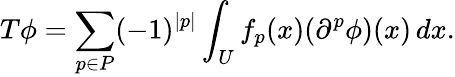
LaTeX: T\phi=\sum_{p\in P}(-1)^{|p|}\int_{U}f_{p}(x)(\partial^{p}\phi)(x)\, dx.